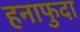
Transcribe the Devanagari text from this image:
हनाफुदा